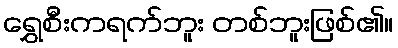
ရွှေစီးကရက်ဘူး တစ်ဘူးဖြစ်၏။